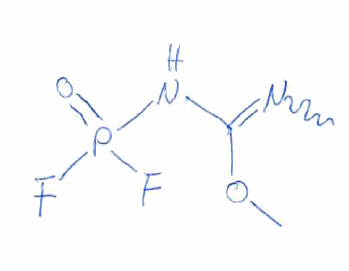
Simplified molecular-input line-entry system (SMILES) notation of the given molecule:
CN=C(NP(=O)(F)F)OC